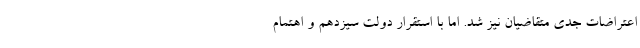
اعتراضات جدی متقاضیان نیز شد. اما با استقرار دولت سیزدهم و اهتمام